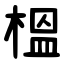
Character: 榲